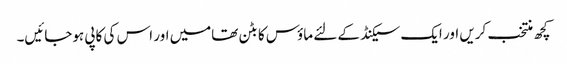
کچھ منتخب کریں اور ایک سیکنڈ کے لئے ماؤس کا بٹن تھامیں اور اس کی کاپی ہوجائیں۔